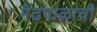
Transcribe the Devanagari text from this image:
मेंढपाळाची